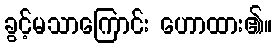
ခွင့်မသာကြောင်း ဟောထား၏။